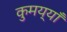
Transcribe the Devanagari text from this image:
कुमय्याँ